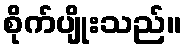
စိုက်ပျိုးသည်။